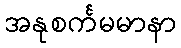
အနုစင်္ကမမာနာ